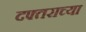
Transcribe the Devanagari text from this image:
दफ्तराच्या